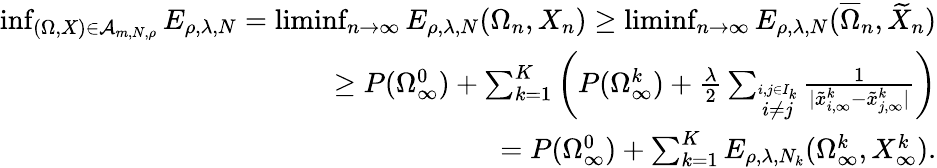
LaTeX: \begin{array}{r}{\operatorname*{inf}_{(\Omega,X)\in\mathcal A_{m,N,\rho}}E_{\rho,\lambda,N}=\operatorname*{liminf}_{n\to\infty}E_{\rho,\lambda,N}(\Omega_{n},X_{n})\geq\operatorname*{liminf}_{n\to\infty}E_{\rho,\lambda,N}(\overline{\Omega}_{n},\widetilde X_{n})}\\ {\geq P(\Omega_{\infty}^{0})+\sum_{k=1}^{K}\left(P(\Omega_{\infty}^{k})+{\frac{\lambda}{2}}\sum_{\stackrel{i,j\in I_{k}}{i\not=j}}{\frac{1}{|\tilde{x}_{i,\infty}^{k}-\tilde{x}_{j,\infty}^{k}|}}\right)}\\ {=P(\Omega_{\infty}^{0})+\sum_{k=1}^{K}E_{\rho,\lambda,N_{k}}(\Omega_{\infty}^{k},X_{\infty}^{k}).}\end{array}